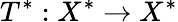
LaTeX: T^{*}:X^{*}\to X^{*}